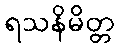
ရသနိမိတ္တ